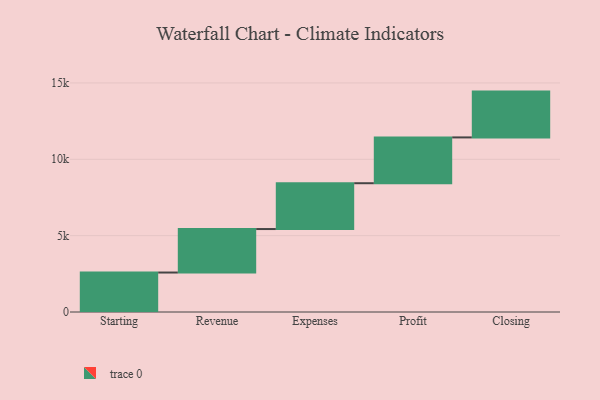
{"axis": {"x": "Step", "y": "Value"}, "legend": [""], "data": [{"x": "Starting", "y": 2585.0, "type": ""}, {"x": "Revenue", "y": 2848.0, "type": ""}, {"x": "Expenses", "y": 3000, "type": ""}, {"x": "Profit", "y": 3000, "type": ""}, {"x": "Closing", "y": 3000, "type": ""}]}